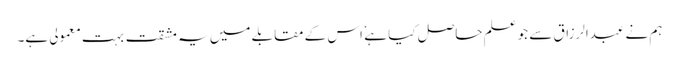
ہم نے عبدالرزاق سے جو علم حاصل کیا ہے ٗ اس کے مقابلے میں یہ مشقت بہت معمولی ہے۔